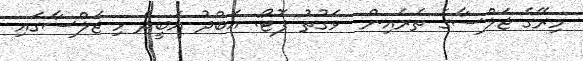
މިރޭގެ ޖަލްސާގެ ތެރެއިން  ވަގުތު ފޮޓޯ: އަބްދު އަބީދް މި ޖަލްސާގައި